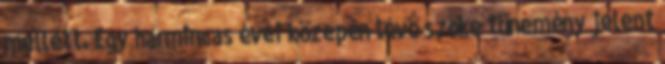
mellett. Egy harmincas évei közepén lévő szőke tünemény jelent